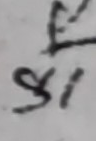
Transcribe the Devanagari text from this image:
९१